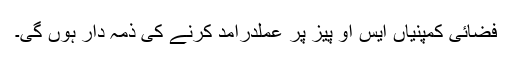
فضائی کمپنیاں ایس او پیز پر عملدرآمد کرنے کی ذمہ دار ہوں گی۔